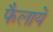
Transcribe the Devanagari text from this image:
फैलायें